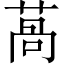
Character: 萵